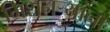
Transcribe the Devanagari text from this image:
मिशनऱ्यांना